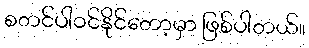
စတင်ပါဝင်နိုင်တော့မှာ ဖြစ်ပါတယ်။